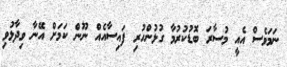
ނަމަވެސް އެއީ މުސާރަ ބޮޑުކުރުމާ ގުޅުންހުރި ފައިސާއެއް ނޫން ކަމަށް އޭނާ ވިދާޅުވި